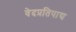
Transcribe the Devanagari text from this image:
वेदप्रतिपाद्य